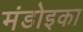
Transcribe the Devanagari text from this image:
मंडोइका